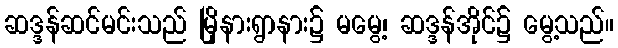
ဆဒ္ဒန်ဆင်မင်းသည် မြိုနားရွာနား၌ မမွေ့၊ ဆဒ္ဒန်အိုင်၌ မွေ့သည်။